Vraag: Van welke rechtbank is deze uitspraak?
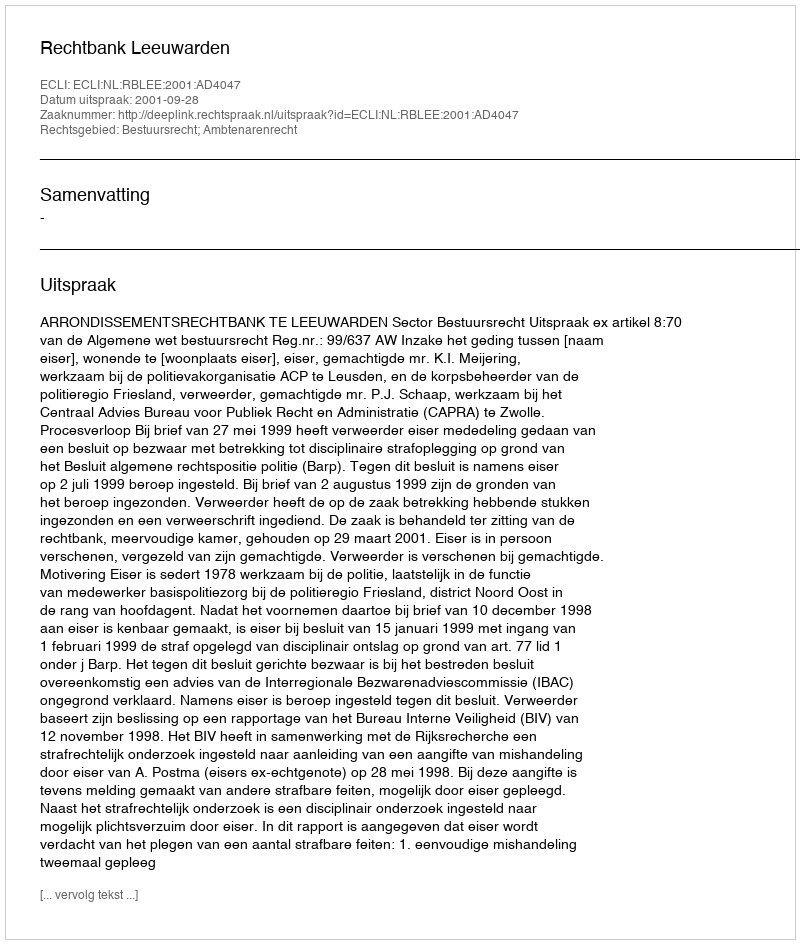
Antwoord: Rechtbank Leeuwarden